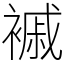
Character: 䙘